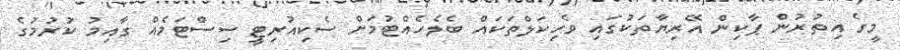
މީގެ އިތުރުން ޕާކިން އޭރިޔާތަކުގައި ވެހިކަލްތަކައް ބެލެހެއްޓުމަށް ސެކިއުރިޓީ ސިސްޓަމެއް ގާއިމު ކުރުމުގެ